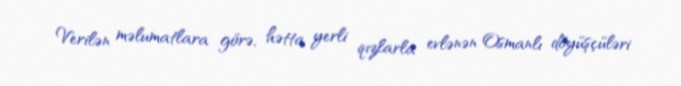
Verilən məlumatlara görə, hətta yerli qızlarla evlənən Osmanlı döyüşçüləri